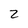
Character: 2